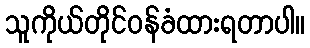
သူကိုယ်တိုင်ဝန်ခံထားရတာပါ။